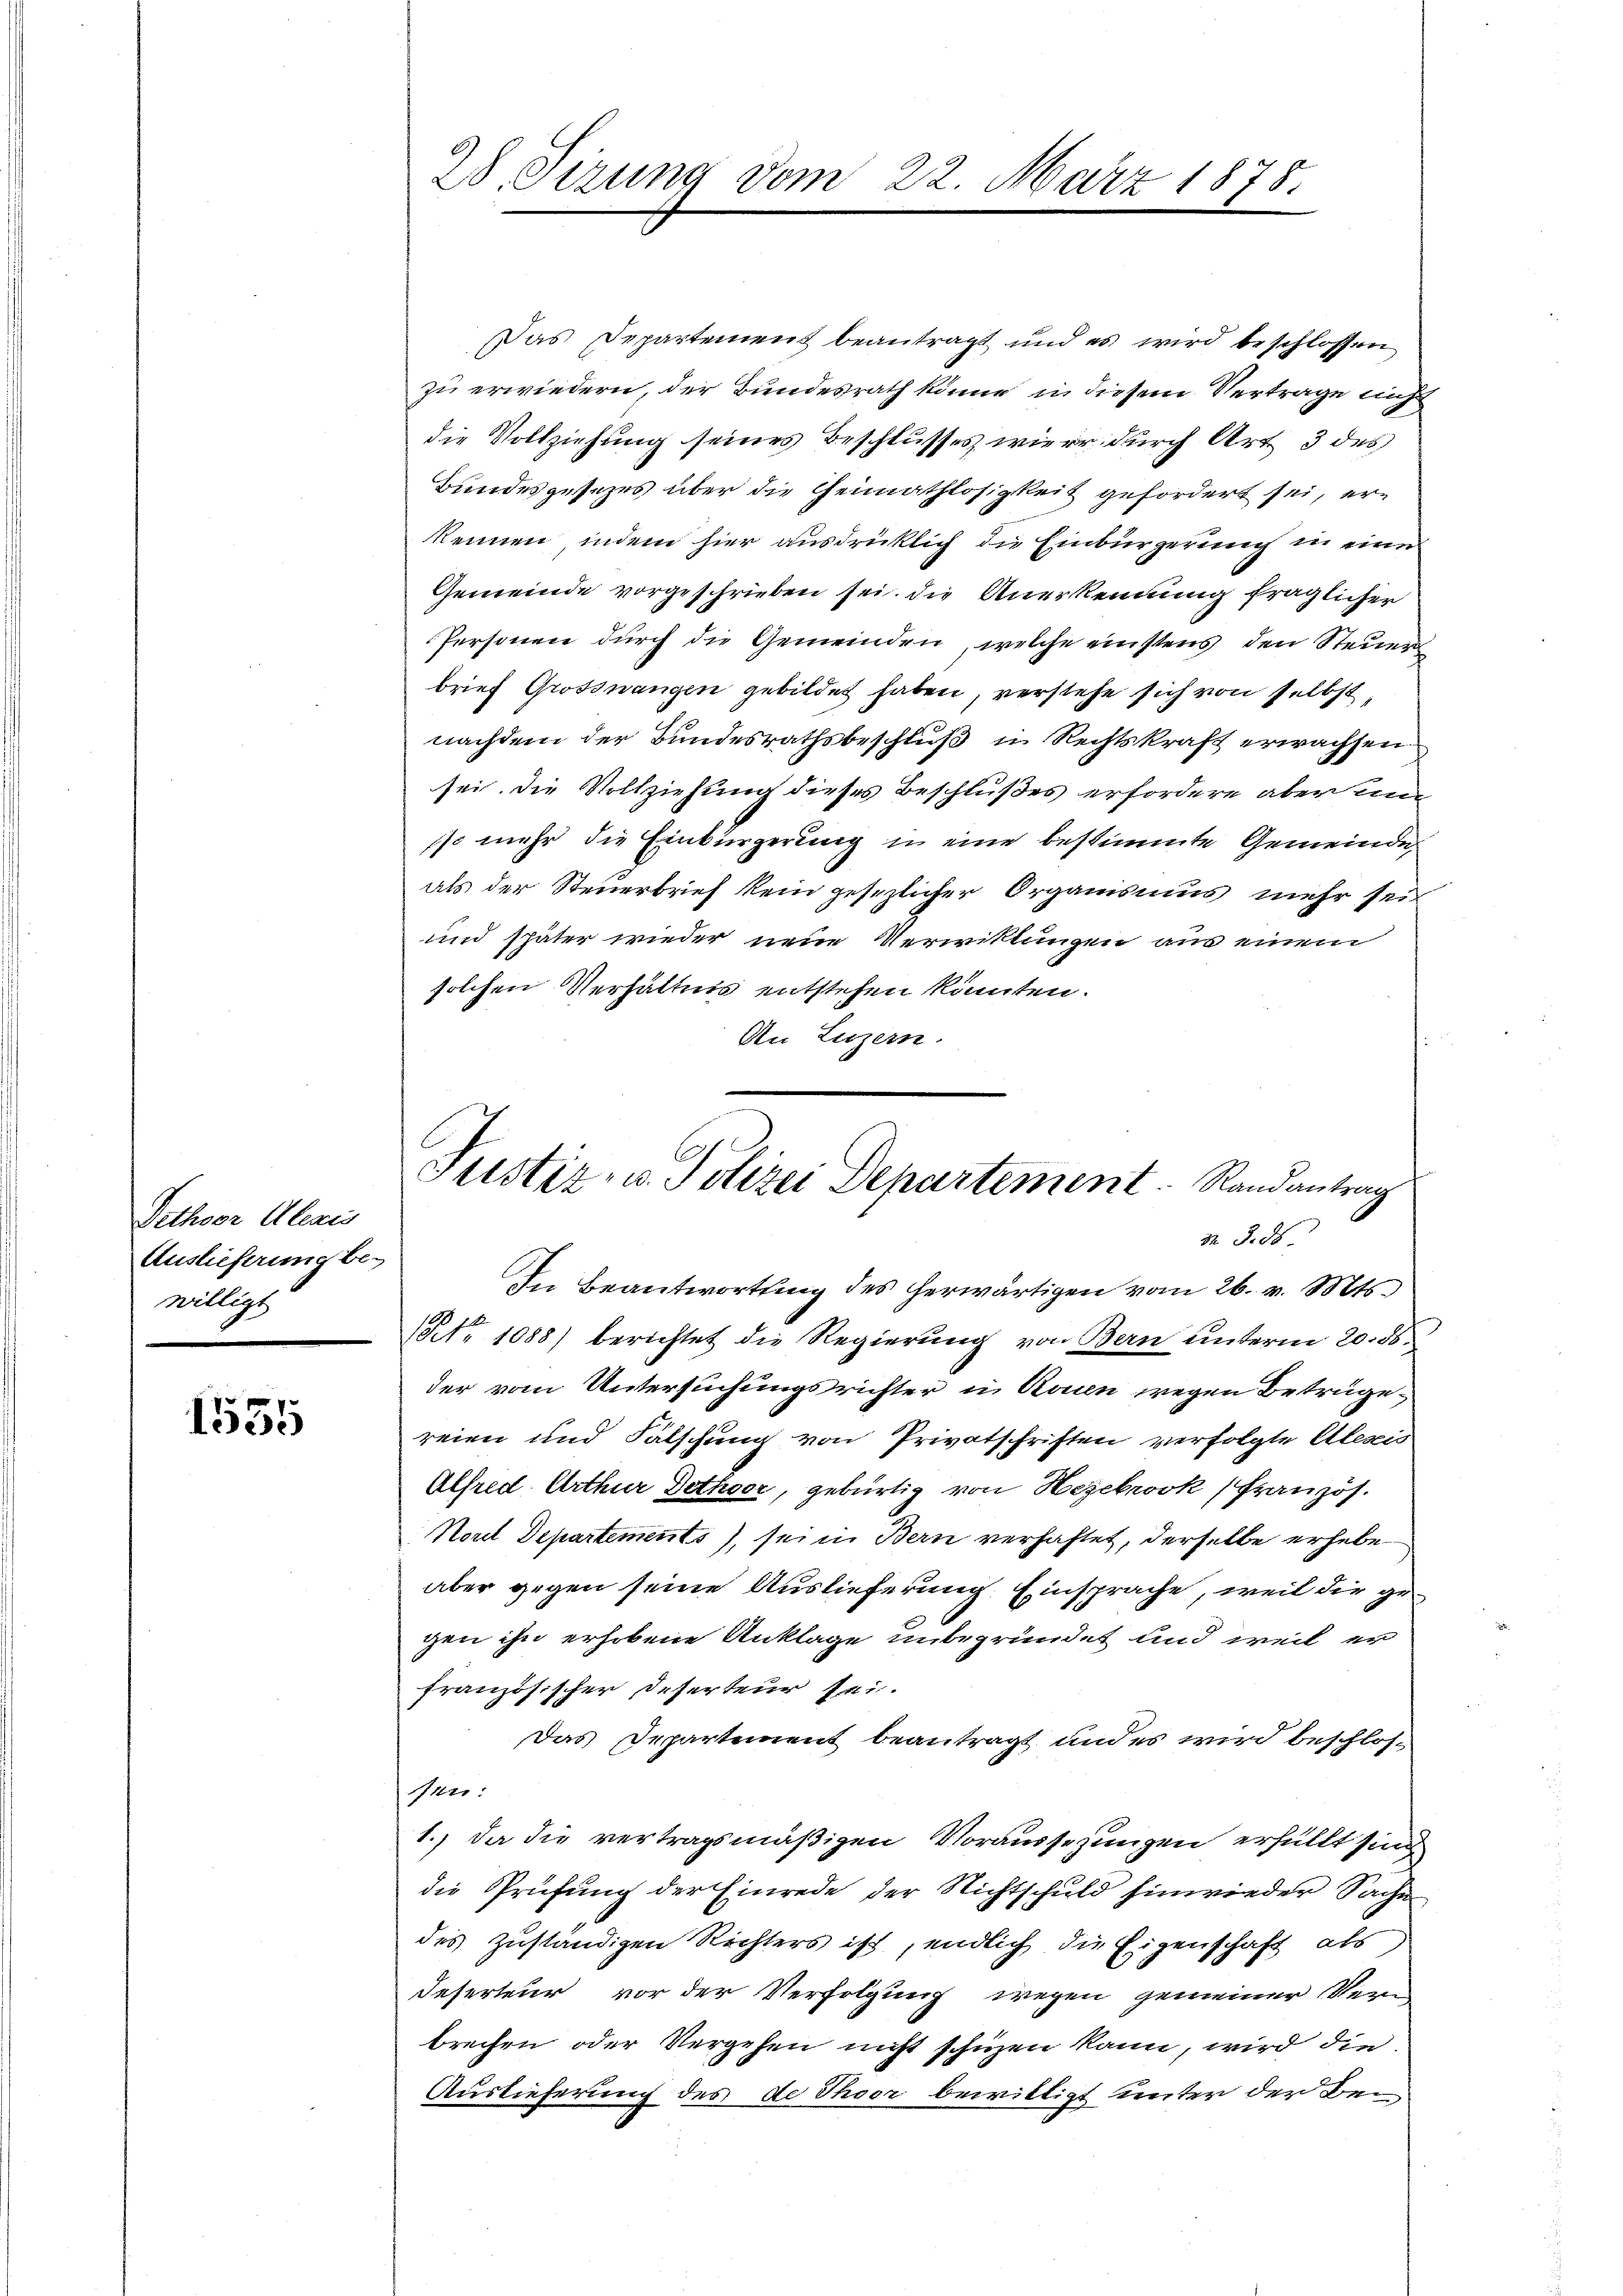
Pethoor Alexis
Auslieferung bewilligt

r
1300

Das Departement beantragt und es wird beschlossen
zu erwiedern, der Bundesrath könne in diesem Vertrage nicht
die Vollziehung seines Beschlusses wieer durch Art 3 des
Bundesgesezes über die Heimathlosigkeit gefordert sei, erkennen, indem hier ausdrücklich die Einbürgerung in eine
Gemeinde vorgeschrieben sei. Die Anerkennung fraglicher
Personen durch die Gemeinden, welche einstens den Steuer
brief Grossnangen gebildet haben, verstehe sich von selbst,
nachdem der Bundesrathsbeschluß in Rechtskraft erwachsen
sei. Die Vollziehung dieses Beschlußes erfordere aber un
sso mehr die Einbürgerung in eine bestimmte Gemeinde,
als der Steuerbrief kein gesezlicher Organismus mehr sei
und später wieder neue Verwittungen aus einem
solchen Verhältnis entstehen könnten.
An Luzern.

28. Sizung vom 22. März 1875.

Justiz- u. Polizei Departement. Randantrag
M. 3. 86.

In Beantwortung des herwärtigen vom 26. v. Mts.
No 1088) berichtet die Regierung von Bern unterm 20. ds.
der vom Untersuchungsrichter in Rouen wegen Beträge,
reien und Falschung von Privatschriften verfolgte Alesis
Alfred Arthur Dethode, gebürtig von Hegebrook (Französ.
Norel Departements), sei in Bern verhaftet, derselbe erhebe
aber gegen seine Auslieferung Einsprache, weil die gegen ihn erhobene Anklage unbegründet und weil er
französischer deserteur sei.
Das Departement beantragt und es wird beschlos¬
Meer.
1.) Da die vertragsmäßigen Voraussezungen erfüllt sind
die Prüfung der Einrede der Nichtschuld hinwieder Sache
des zuständigen Richters ist, endlich die Eigenschaft als
Deserteur vor der Verfolgung wegen gemeiner Vern
brechen oder Vergehen nicht schuzen kann, wird die
Auslieferung des de Thoor bewilligt unter der Be¬